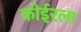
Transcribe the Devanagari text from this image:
कोईरला